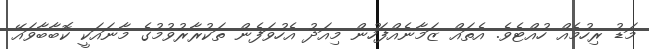
މަޑު ރިހުމެއް ހުއްޓެވެ. އެތައް ޒަމާނެއްފަހުން މިއަދު އެހުވަފެން ތަކުރާރުވުމުގެ މާނައަކީ ކޮބާބާވައޭ